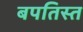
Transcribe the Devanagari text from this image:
बपतिस्त